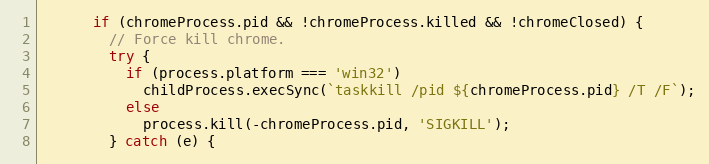
Language: JavaScript
      if (chromeProcess.pid && !chromeProcess.killed && !chromeClosed) {
        // Force kill chrome.
        try {
          if (process.platform === 'win32')
            childProcess.execSync(`taskkill /pid ${chromeProcess.pid} /T /F`);
          else
            process.kill(-chromeProcess.pid, 'SIGKILL');
        } catch (e) {